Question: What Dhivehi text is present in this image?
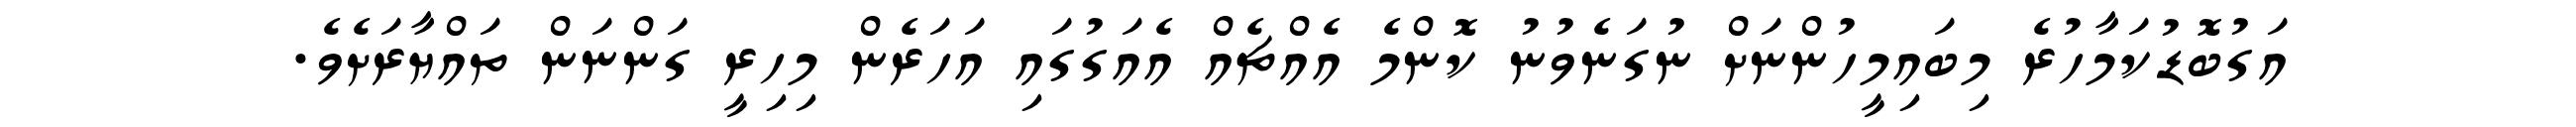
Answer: އަގުބޮޑުކަމާހުރެ މިބައިމީހުންނަށް ނުގަނެވުނު ކޮންމެ އެއްޗެއް އެއަގުގައި އަހަރެން މިހިރީ ގަންނަން ތައްޔާރަށެވެ.